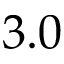
3 . 0